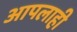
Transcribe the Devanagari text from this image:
आपलाही